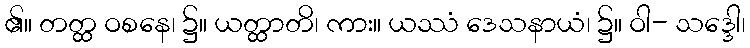
၏။ တတ္ထ ဝစနေ၊ ၌။ ယတ္ထာတိ၊ ကား။ ယဿံ ဒေသနာယံ၊ ၌။ ဝါ- သဒ္ဒေါ၊